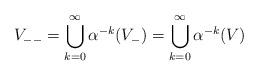
LaTeX: \begin{align*}V_{--}=\bigcup_{k=0}^\infty\alpha^{-k}(V_-)=\bigcup_{k=0}^\infty\alpha^{-k}(V)\end{align*}